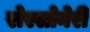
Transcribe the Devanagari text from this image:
रोस्सोनेरी